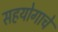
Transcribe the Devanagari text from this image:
सहयोगाचे